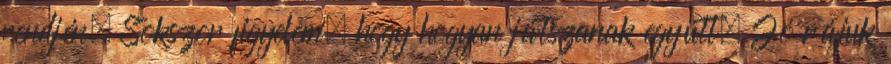
rendjén. Sokszor figyelem, hogy hogyan játszanak együtt. Jó rájuk